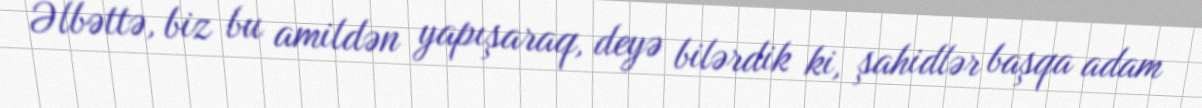
Əlbəttə, biz bu amildən yapışaraq, deyə bilərdik ki, şahidlər başqa adam